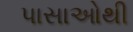
પાસાઓથી